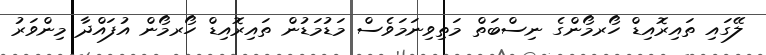
ލޭގައި ތައިރޮއިޑް ހޯރމޯންގެ ނިސްބަތް މަތިވިނަމަވެސް މަޑުމަޑުން ތައިރޮއިޑް ހޯރމޯން އުފައްދާ މިންވަރު